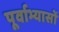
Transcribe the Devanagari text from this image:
पूर्वाभ्यासों